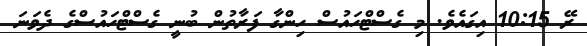
ރޭ 10:15 އިގައެވެ. މި ގެސްޓްހައުސް ހިންގާ ފަރާތުން ބުނީ ގެސްޓްހައުސްގެ ދެވަނަ